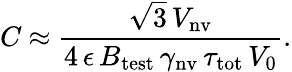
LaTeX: C~{\approx}~\frac{\sqrt{3}\, V_{\mathrm{nv}}}{4\, \epsilon\, B_{\mathrm{test}}\, \gamma_{\mathrm{nv}}\, \tau_{\mathrm{tot}}\, V_{0}}.